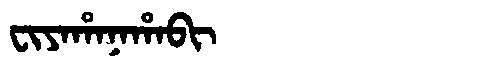
Manchu: ᠸᡳᠶᠠᡥᠠᠨᠠᡥᠠᠪᡳ
Romanization: FIYAHANAHABI